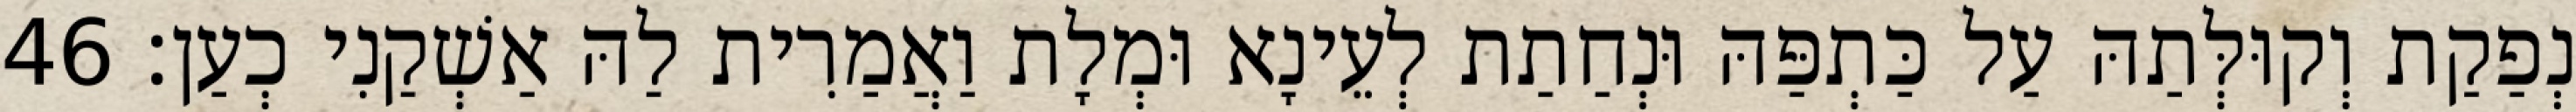
נְפַקַת וְקוּלְּתַהּ עַל כַּתְפַּהּ וּנְחַתַת לְעֵינָא וּמְלָת וַאֲמַרִית לַהּ אַשְׁקַנִי כְעַן׃ 46